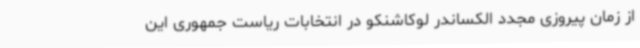
از زمان پیروزی مجدد الکساندر لوکاشنکو در انتخابات ریاست جمهوری این